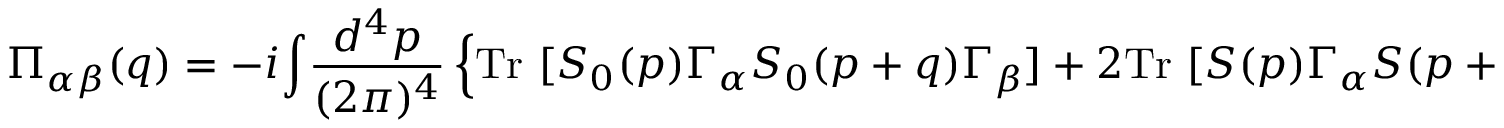
\Pi _ { \alpha \beta } ( q ) = - i \! \int \! \frac { d ^ { 4 } p } { ( 2 \pi ) ^ { 4 } } \left\{ \mathrm { T r } ~ [ S _ { 0 } ( p ) \Gamma _ { \alpha } S _ { 0 } ( p + q ) \Gamma _ { \beta } ] + 2 \mathrm { T r } ~ [ S ( p ) \Gamma _ { \alpha } S ( p + q ) \Gamma _ { \beta } ] + 2 \mathrm { T r } ~ [ F ( p ) \Gamma _ { \alpha } \bar { F } ( p + q ) \Gamma _ { \beta } ] \right\} \, .